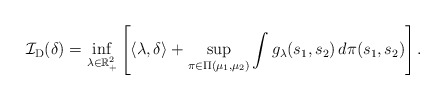
\begin{align*} \mathcal{I}_{\mathrm{D}}(\delta) & = \inf_{\lambda \in \mathbb{R}_{+}^2} \left[\langle \lambda, \delta \rangle + \sup_{\pi \in \Pi(\mu_1, \mu_2)} \int g_{\lambda}(s_1, s_2) \, d \pi(s_1, s_2) \right].\end{align*}